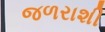
જળરાશી